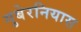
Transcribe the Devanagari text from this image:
गुबेरनियास